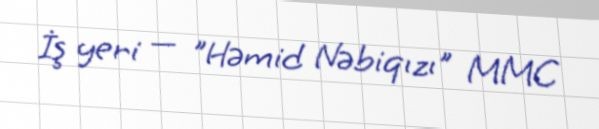
İş yeri — "Həmid Nəbiqızı" MMC